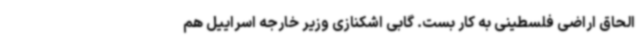
الحاق اراضی فلسطینی به کار بست. گابی اشکنازی وزیر خارجه اسراییل هم